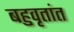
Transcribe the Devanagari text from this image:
बहुवृतांत